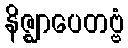
နိဇ္ဈာပေတဗ္ဗံ